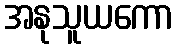
အနုသူယကော